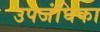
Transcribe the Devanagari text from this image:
उपजंघिका